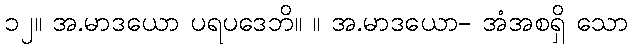
၁၂။ အ.မာဒယော ပရပဒေဘိ။ ။ အ.မာဒယော- အံအစရှိ သော